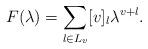
LaTeX: \begin{align*}F(\lambda) = \sum_{l\in L_v} [v]_l\lambda^{v+l}.\end{align*}